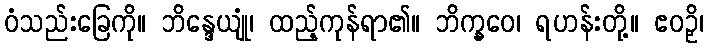
ဝံသည်းခြေကို။ ဘိန္ဒေယျုံ၊ ထည့်ကုန်ရာ၏။ ဘိက္ခဝေ၊ ရဟန်းတို့။ ဧဝဉှိ၊